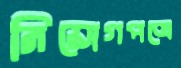
নিয়োগপত্রে